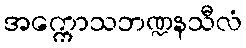
အက္ကောသဘဏ္ဍနသီလံ